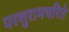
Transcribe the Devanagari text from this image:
परशुरामचरिते